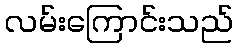
လမ်းကြောင်းသည်